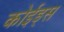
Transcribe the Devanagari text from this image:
कोईड्स